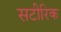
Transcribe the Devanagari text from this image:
सटीरिक